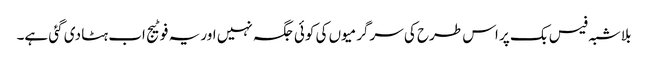
بلاشبہ فیس بک پر اس طرح کی سرگرمیوں کی کوئی جگہ نہیں اور یہ فوٹیج اب ہٹا دی گئی ہے۔